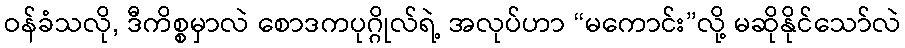
ဝန်ခံသလို, ဒီကိစ္စမှာလဲ စောဒကပုဂ္ဂိုလ်ရဲ့ အလုပ်ဟာ “မကောင်း”လို့ မဆိုနိုင်သော်လဲ